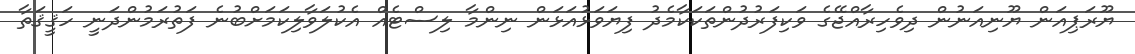
ޔޫރަޕިއަން ޔޫނިއަނުން ދިވެހިރާއްޖޭގެ ވަކިފަރުދުންތަކަކާމެދު ފިޔަވަޅުއަޅަން ނިންމާ ލިސްޓެއް އެކުލަވާލިކަމަށްބުނެ ފަތުރަމުންދަނީ ހަޤީޤަތާ